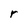
Character: r